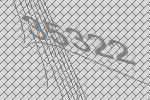
35322